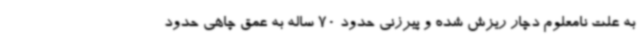
به علت نامعلوم دچار ریزش شده و پیرزنی حدود 70 ساله به عمق چاهی حدود